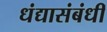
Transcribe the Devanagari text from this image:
धंद्यासंबंधीं